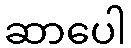
ဆာပေါ